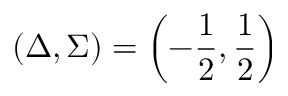
\left( \Delta , \Sigma \right) = \left( - \frac { 1 } { 2 } , \frac { 1 } { 2 } \right)